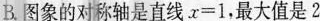
B. 图象的对称轴是直线$$x = 1$$，最大值是2